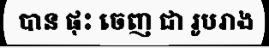
បាន ផុះ ចេញ ជា រូបរាង